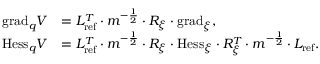
\begin{array} { r l } { \mathrm { g r a d } _ { q } V } & { = L _ { \mathrm { r e f } } ^ { T } \cdot m ^ { - \frac { 1 } { 2 } } \cdot R _ { \xi } \cdot \mathrm { g r a d } _ { \xi } , } \\ { \mathrm { H e s s } _ { q } V } & { = L _ { \mathrm { r e f } } ^ { T } \cdot m ^ { - \frac { 1 } { 2 } } \cdot R _ { \xi } \cdot \mathrm { H e s s } _ { \xi } \cdot R _ { \xi } ^ { T } \cdot m ^ { - \frac { 1 } { 2 } } \cdot L _ { \mathrm { r e f } } . } \end{array}